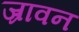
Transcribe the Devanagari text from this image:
ज़्रावन